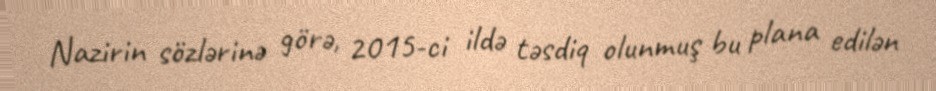
Nazirin sözlərinə görə, 2015-ci ildə təsdiq olunmuş bu plana edilən